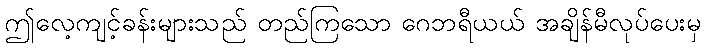
ဤလေ့ကျင့်ခန်းများသည် တည်ကြသော ဂေဘရီယယ် အချိန်မီလုပ်ပေးမှ